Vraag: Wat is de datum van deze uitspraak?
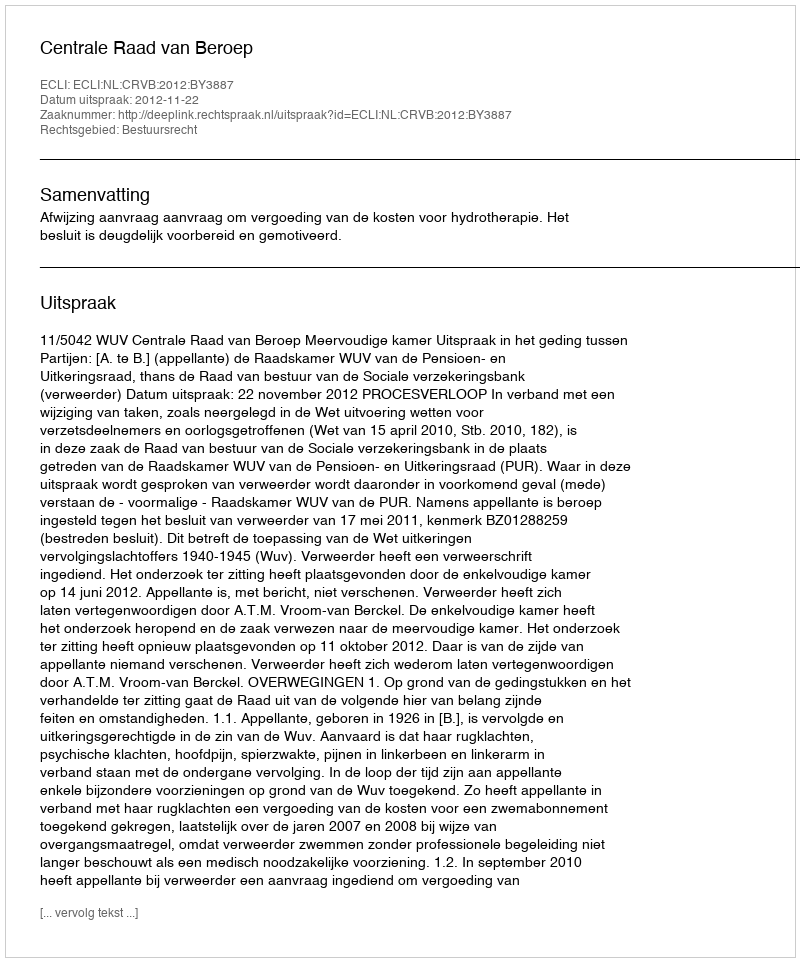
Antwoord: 2012-11-22